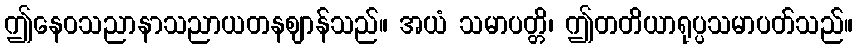
ဤနေဝသညာနာသညာယတနဈာန်သည်။ အယံ သမာပတ္တိ၊ ဤတတိယာရုပ္ပသမာပတ်သည်။